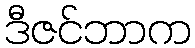
ဒီဇင်ဘာက